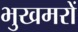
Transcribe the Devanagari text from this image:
भुखमरों